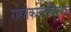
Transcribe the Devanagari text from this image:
राहतेकायदेविषयक